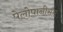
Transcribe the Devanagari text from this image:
पेलोपानीसस